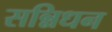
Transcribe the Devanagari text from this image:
सन्निधन